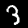
Digit: 3